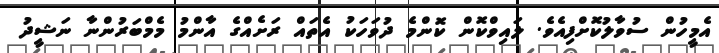
އެމީހުން ސުވާލުކޮށްފިއެވެ. ލައިވްކޮން ކޮންމެ ދުވަހަކު އެތައް ރަށެއްގެ އާންމު މެމްބަރުންނާ ނަޝީދު